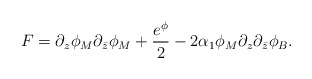
\begin{align*}F= \partial_z \phi_M\partial_{\bar z}\phi_M +\frac{e^\phi}{2}-2 \alpha_1\phi_M\partial_z\partial_{\bar z}\phi_B.\end{align*}